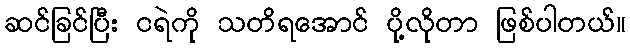
ဆင်ခြင်ပြီး ငရဲကို သတိရအောင် ပို့လိုတာ ဖြစ်ပါတယ်။